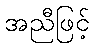
အညီဖြင့်